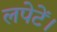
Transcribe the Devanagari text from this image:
लपेटें।